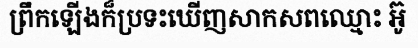
ព្រឹកឡើងក៏ប្រទះឃើញសាកសពឈ្មោះ អ៊ូ